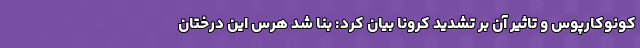
کونوکارپوس و تاثیر آن بر تشدید کرونا بیان کرد: بنا شد هرس این درختان